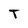
Character: T